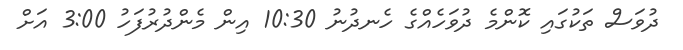
ދުވަސް ތަކުގައި ކޮންމެ ދުވަހެއްގެ ހެނދުނު 10:30 އިން މެންދުރުފަހު 3:00 އަށް